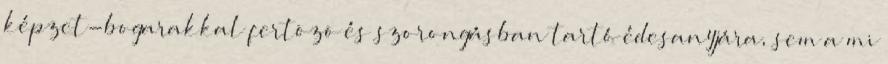
képzet-bogarakkal fertõzõ és szorongásban tartó édesanyjára, sem a mi